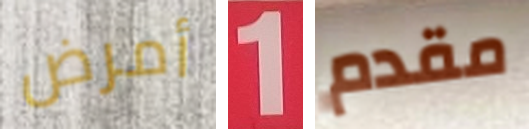
أمرض 1 مقدم